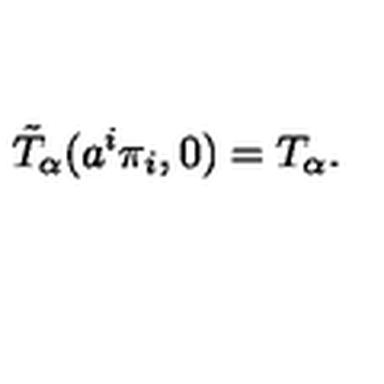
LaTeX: \tilde { T } _ { \alpha } ( a ^ { i } \pi _ { i } , 0 ) = T _ { \alpha } .